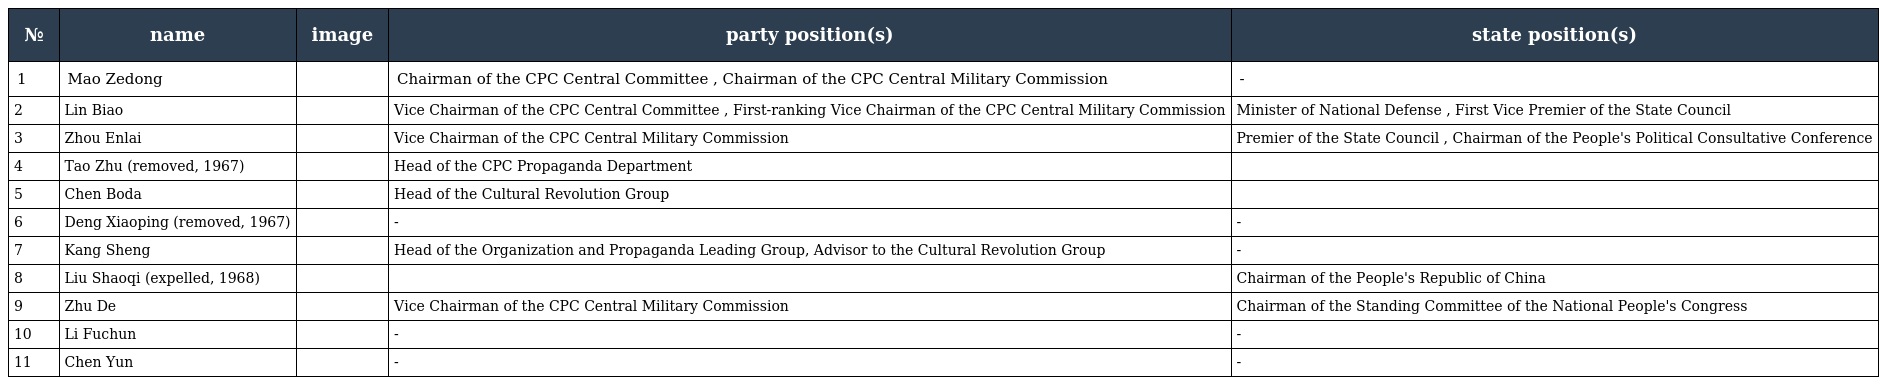
| № | name | image | party position(s) | state position(s) |
 | --- | --- | --- | --- | --- |
 | 1 | Mao Zedong |  | Chairman of the CPC Central Committee , Chairman of the CPC Central Military Commission | - |
 | 2 | Lin Biao |  | Vice Chairman of the CPC Central Committee , First-ranking Vice Chairman of the CPC Central Military Commission | Minister of National Defense , First Vice Premier of the State Council |
 | 3 | Zhou Enlai |  | Vice Chairman of the CPC Central Military Commission | Premier of the State Council , Chairman of the People's Political Consultative Conference |
 | 4 | Tao Zhu (removed, 1967) |  | Head of the CPC Propaganda Department |  |
 | 5 | Chen Boda |  | Head of the Cultural Revolution Group |  |
 | 6 | Deng Xiaoping (removed, 1967) |  | - | - |
 | 7 | Kang Sheng |  | Head of the Organization and Propaganda Leading Group, Advisor to the Cultural Revolution Group | - |
 | 8 | Liu Shaoqi (expelled, 1968) |  |  | Chairman of the People's Republic of China |
 | 9 | Zhu De |  | Vice Chairman of the CPC Central Military Commission | Chairman of the Standing Committee of the National People's Congress |
 | 10 | Li Fuchun |  | - | - |
 | 11 | Chen Yun |  | - | - |